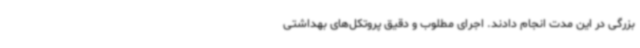
بزرگی در این مدت انجام دادند. اجرای مطلوب و دقیق پروتکل‌های بهداشتی